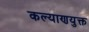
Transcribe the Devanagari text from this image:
कल्याणयुक्त